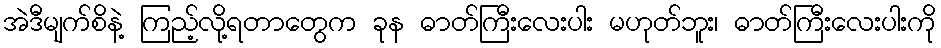
အဲဒီမျက်စိနဲ့ ကြည့်လို့ရတာတွေက ခုန ဓာတ်ကြီးလေးပါး မဟုတ်ဘူး၊ ဓာတ်ကြီးလေးပါးကို